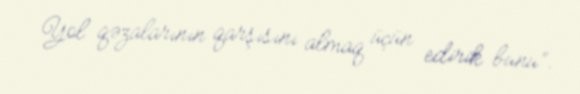
Yol qəzalarının qarşısını almaq üçün edirik bunu”.